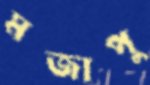
মজাপু